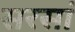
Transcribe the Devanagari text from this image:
सरसां